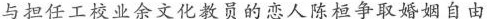
与担任工校业余文化教员的恋人陈桓争取婚姻自由